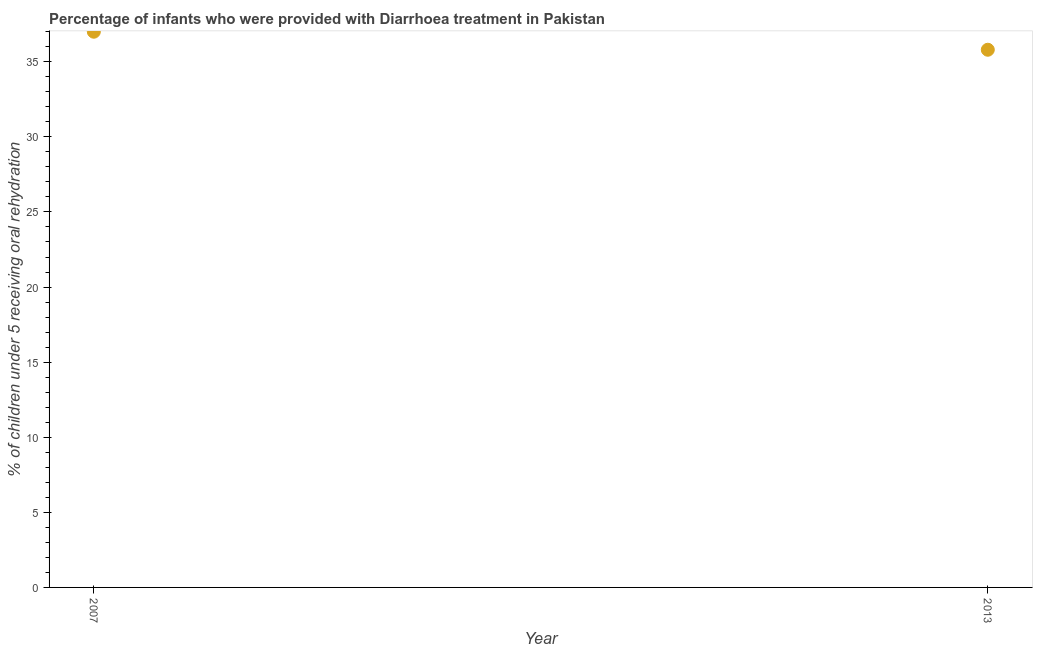
| Year | Diarrhea treatment |
 | --- | --- |
 | 2007 | 37 |
 | 2013 | 35.8 |